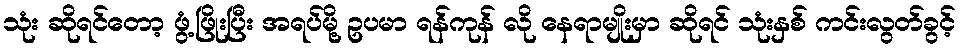
သုံး ဆိုရင်တော့ ဖွံ့ဖြိုးပြီး အရပ်မို့ ဥပမာ ရန်ကုန် လို နေရာမျိုးမှာ ဆိုရင် သုံးနှစ် ကင်းလွတ်ခွင့်